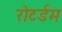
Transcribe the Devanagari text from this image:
रोटर्डम